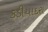
કડીયાદરા